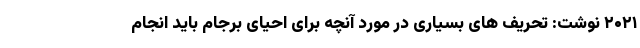
۲۰۲۱ نوشت: تحریف های بسیاری در مورد آنچه برای احیای برجام باید انجام